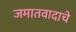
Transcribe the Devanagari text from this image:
जमातवादाचे